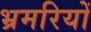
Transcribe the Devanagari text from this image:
भ्रमरियों